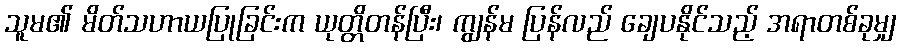
သူမ၏ မိတ်သဟာယပြုခြင်းက ယုတ္တိတန်ပြီး၊ ကျွန်မ ပြန်လည် ချေပနိုင်သည့် အရာတစ်ခုမျှ